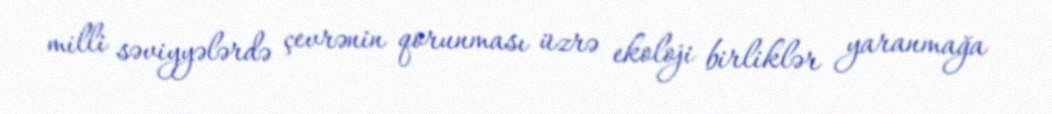
milli səviyyələrdə çevrənin qorunması üzrə ekoloji birliklər yaranmağa